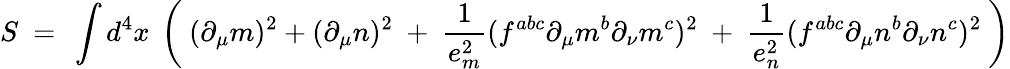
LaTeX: S\ =\ \int d^{4}x\ \left(\ (\partial_{\mu}m)^{2}+(\partial_{\mu}n)^{2}\ +\ \frac{1}{e_{m}^{2}}(f^{abc}\partial_{\mu}m^{b}\partial_{\nu}m^{c})^{2}\ +\ \frac{1}{e_{n}^{2}}(f^{abc}\partial_{\mu}n^{b}\partial_{\nu}n^{c})^{2}\ \right)